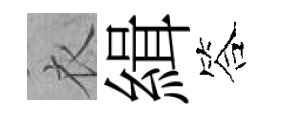
衣緝答